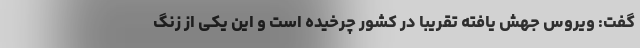
گفت: ویروس جهش یافته تقریباً در کشور چرخیده است و این یکی از زنگ